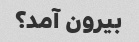
بیرون آمد؟